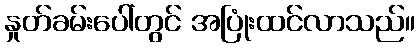
နှုတ်ခမ်းပေါ်တွင် အပြုံးထင်လာသည်။